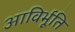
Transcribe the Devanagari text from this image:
आविर्भूति